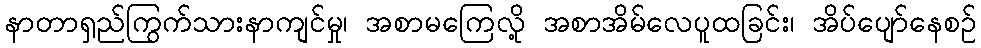
နာတာရှည်ကြွက်သားနာကျင်မှု၊ အစာမကြေလို့ အစာအိမ်လေပူထခြင်း၊ အိပ်ပျော်နေစဉ်